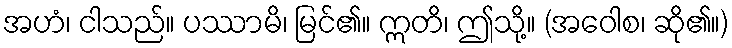
အဟံ၊ ငါသည်။ ပဿာမိ၊ မြင်၏။ ဣတိ၊ ဤသို့။ (အဝေါစ၊ ဆို၏။)